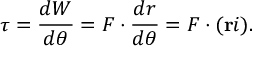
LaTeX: \tau = { \frac { d W } { d \theta } } = F \cdot { \frac { d r } { d \theta } } = F \cdot ( \mathbf { r } i ) .